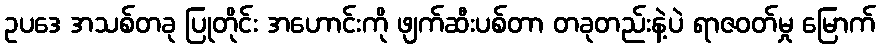
ဥပဒေ အသစ်တခု ပြုတိုင်း အဟောင်းကို ဖျက်ဆီးပစ်တာ တခုတည်းနဲ့ပဲ ရာဇဝတ်မှု မြောက်